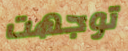
توجهت